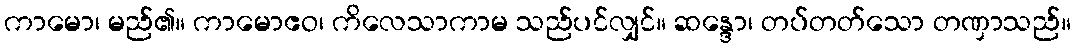
ကာမော၊ မည်၏။ ကာမောဧဝ၊ ကိလေသာကာမ သည်ပင်လျှင်။ ဆန္ဒော၊ တပ်တတ်သော တဏှာသည်။